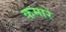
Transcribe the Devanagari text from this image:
कमारे